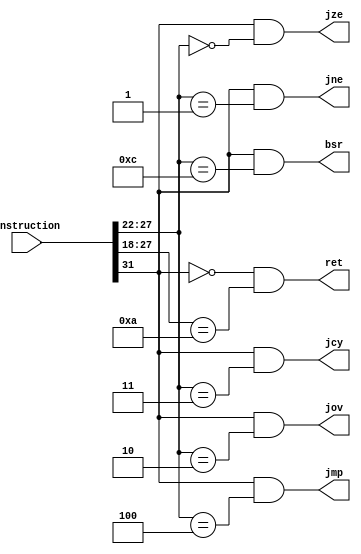
module instruction_predecoder(
	instruction,	// Instruction
	jmp,				// Indicates a JMP instruction is detected
	jze,				// Indicates a JZE instruction is detected
	jne,				// Indicates a JNE instruction is detected
	jov,				// Indicates a JOV instruction is detected
	jcy,				// Indicates a JCY instruction is detected
	ret,				// Indicates a RET instruction is detected
	bsr				// Indicates a BSR instruction is detected
);

	/*************************/
	/* Declaring input ports */
	/*************************/
	input wire [31:0] instruction;
	
	/**************************/
	/* Declaring output ports */	
	/**************************/
	output wire jmp;
	output wire jze;
	output wire jne;
	output wire jov;
	output wire jcy;
	output wire ret;
	output wire bsr;
	
	/***************/
	/* Out drivers */
	/***************/
	assign jmp = instruction[31] && (instruction[27:22] == 6'b000100);
	assign jze = instruction[31] && (instruction[27:22] == 6'b000000);
	assign jne = instruction[31] && (instruction[27:22] == 6'b000001);
	assign jov = instruction[31] && (instruction[27:22] == 6'b000010);
	assign jcy = instruction[31] && (instruction[27:22] == 6'b000011);
	assign ret = ~instruction[31] && (instruction[27:18] == 10'b0000001010);
	assign bsr = instruction[31] && (instruction[27:22] == 6'b001100);

endmodule